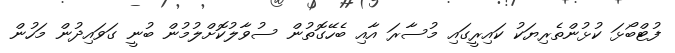
ފުޓްބޯޅަ ކުޅުންތެރިޔަކު ކައިރީގައި މުސާރަ އާއި ބެހޭގޮތުން ސުވާލުކޮށްލުމުން ބުނީ ގަވައިދުން މަހުން